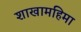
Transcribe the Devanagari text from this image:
शाखामहिमा